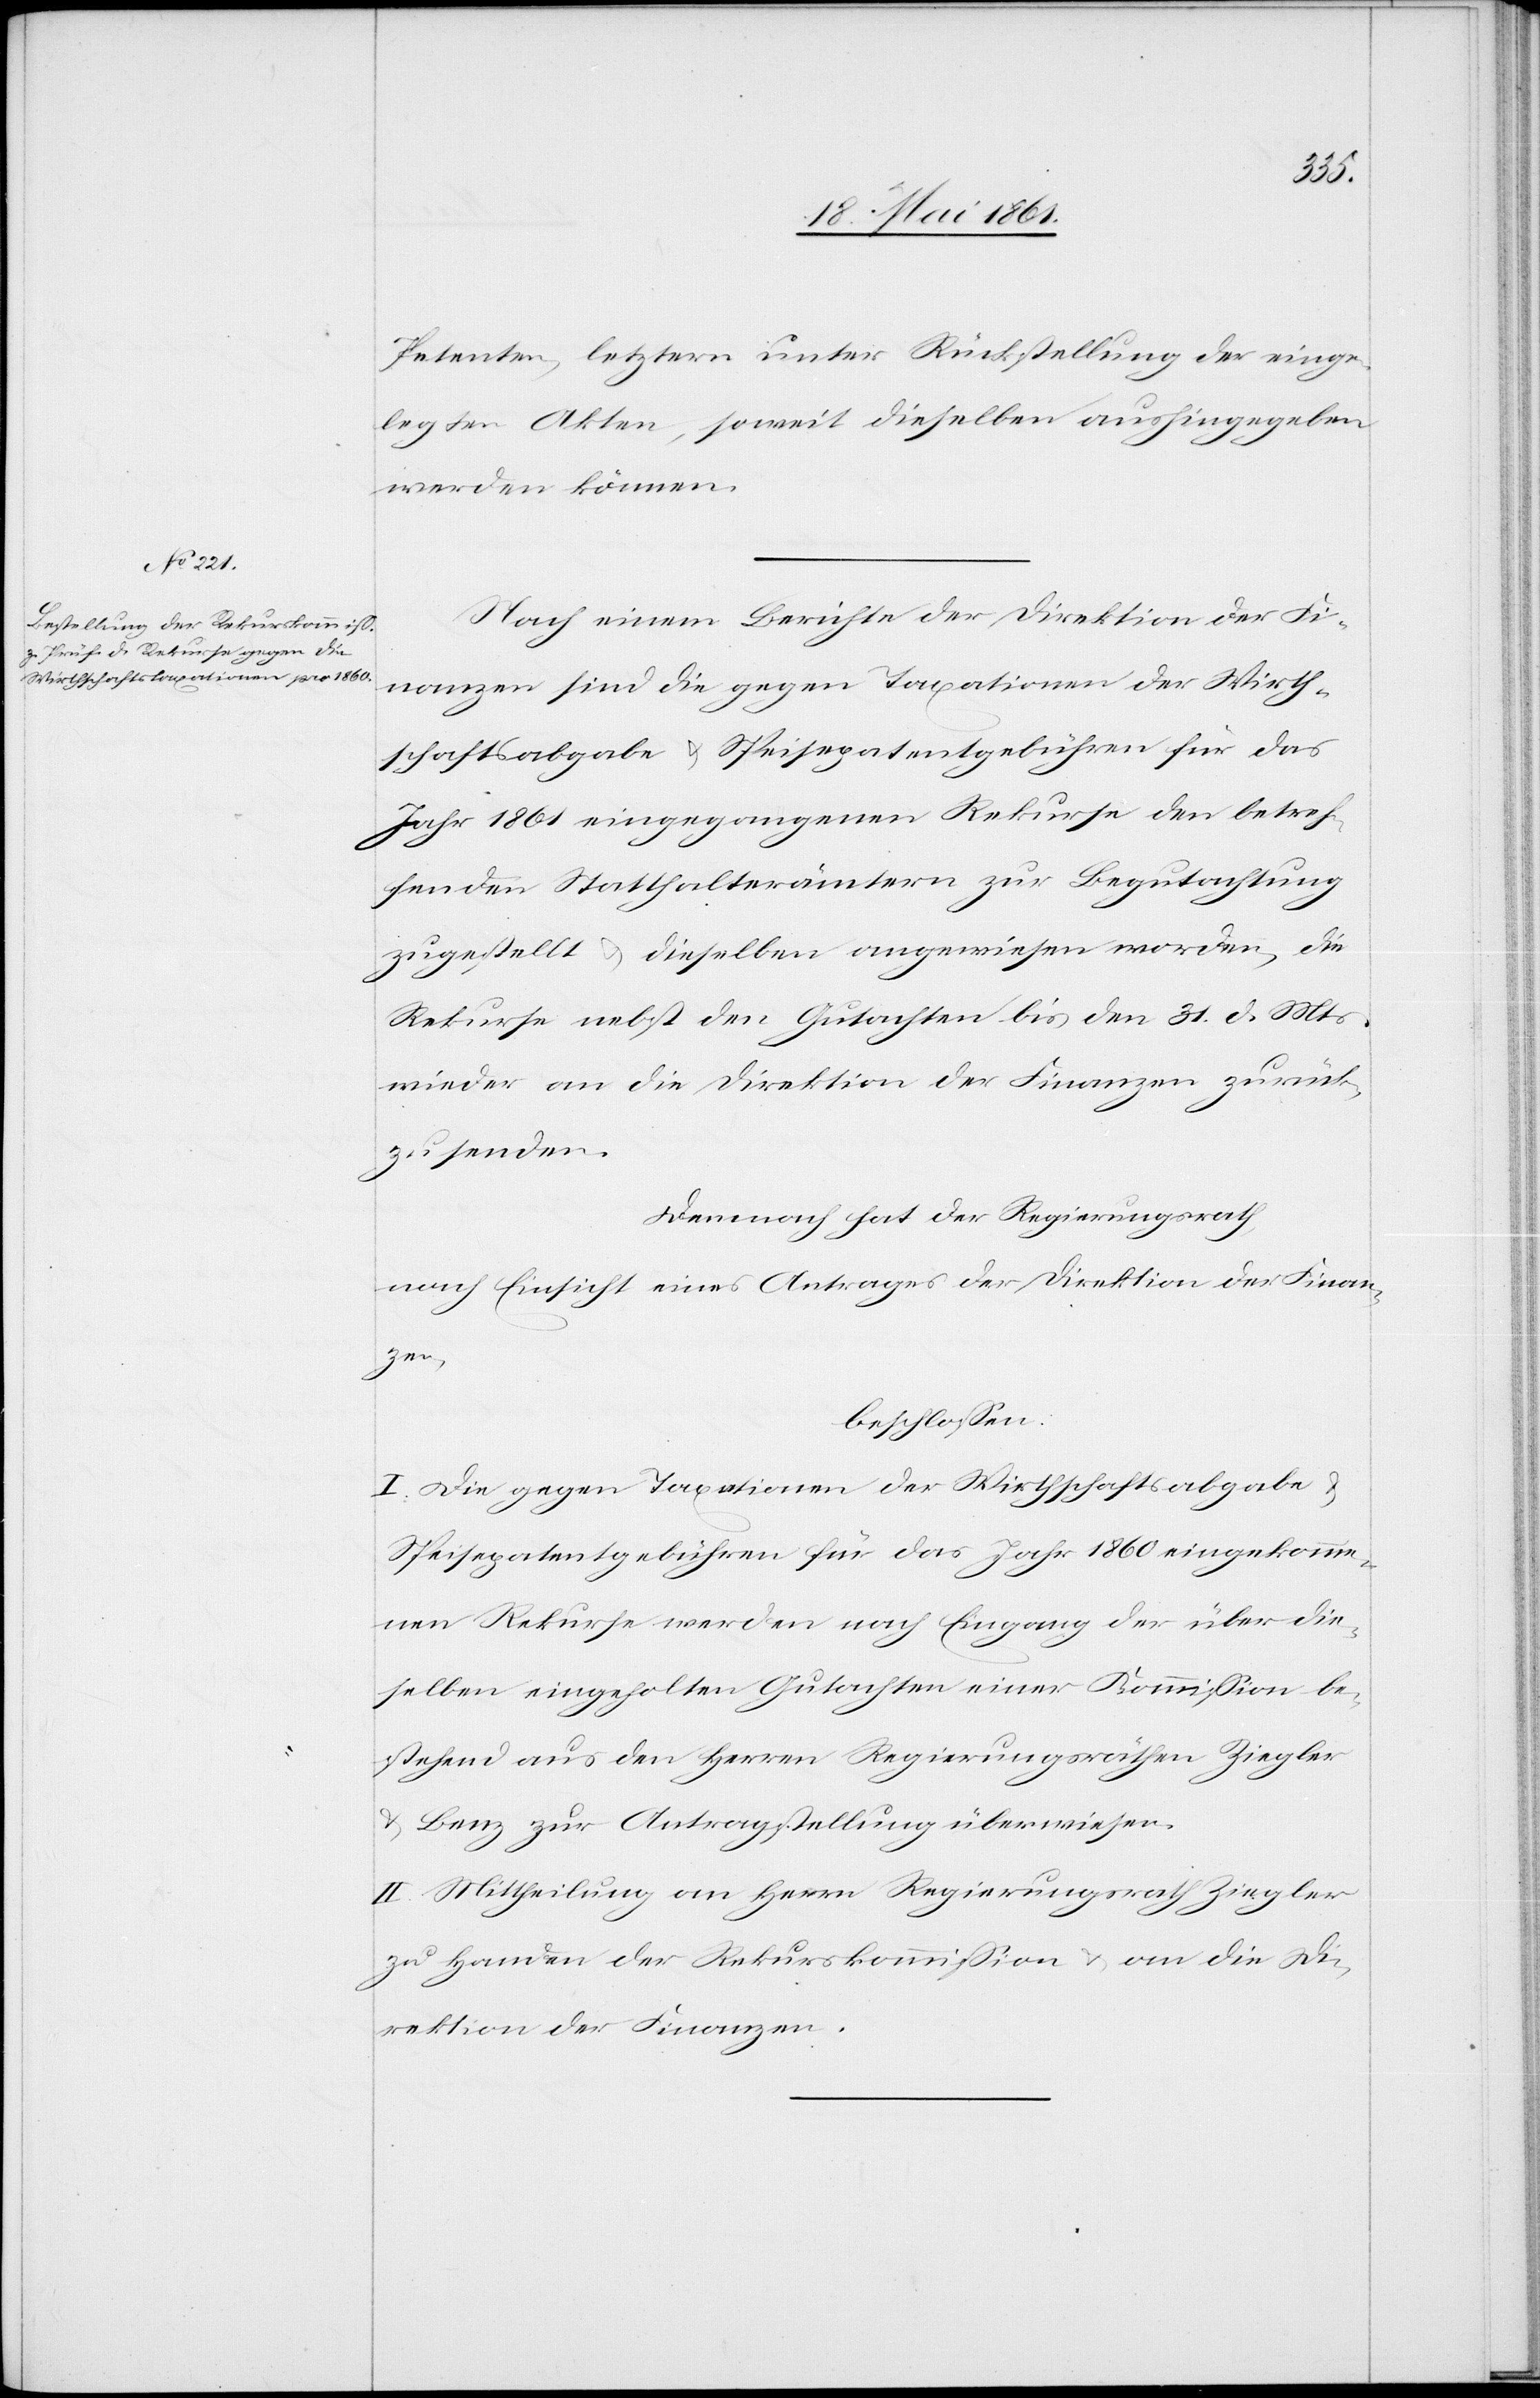
Petenten, letztern unter Rückstellung der einge¬
legten Akten, soweit dieselben aushingegeben
werden können.
Nach einem Berichte der Direktion der Fi¬
nanzen sind die gegen Taxationen der Wirth¬
schaftsabgabe u. Speisepatentgebühren für das
Jahr 1861 eingegangenen Rekurse den betref¬
fenden Statthalterämtern zur Begutachtung
zugestellt u. dieselben angewiesen worden, die
Rekurse nebst den Gutachten bis den 31. d. Mts.
wieder an die Direktion der Finanzen zurück¬
zusenden.
Demnach hat der Regierungsrath,
nach Einsicht eines Antrages der Direktion der Finan¬
zen,
beschlossen.
I. Die gegen Taxationen der Wirthschaftsabgabe u.
Speisepatentgebühren für das Jahr 1860 eingekomme¬
nen Rekurse werden nach Eingang der über die¬
selben eingeholten Gutachten einer Kommission be¬
stehend aus den Herren Regierungsräthen Ziegler
u. Benz zur Antragstellung überwiesen.
II. Mittheilung an Herrn Regierungsrath Ziegler
zu Handen der Rekurskommission u. an die Di¬
rektion der Finanzen.